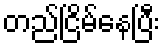
တည်ငြိမ်နေပြီး